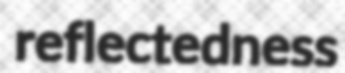
reflectedness